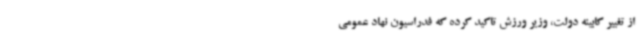
از تغییر کابینه دولت، وزیر ورزش تاکید کرده که فدراسیون نهاد عمومی